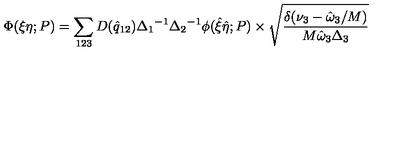
\Phi ( \xi \eta ; P ) = \sum _ { 1 2 3 } D ( { \hat { q } } _ { 1 2 } ) { \Delta _ { 1 } } ^ { - 1 } { \Delta _ { 2 } } ^ { - 1 } \phi ( { \hat { \xi } } { \hat { \eta } } ; P ) \times \sqrt { \frac { \delta ( \nu _ { 3 } - { \hat { \omega } } _ { 3 } / M ) } { M { \hat { \omega } } _ { 3 } { \Delta } _ { 3 } } }